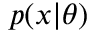
p ( x | \theta )